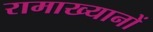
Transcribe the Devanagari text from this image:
रामाख्यानों